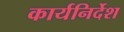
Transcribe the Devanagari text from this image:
कार्यनिर्देश